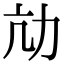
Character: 劥